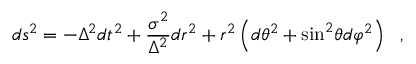
d s ^ { 2 } = - \Delta ^ { 2 } d t ^ { 2 } + \frac { \sigma ^ { 2 } } { \Delta ^ { 2 } } d r ^ { 2 } + r ^ { 2 } \left( { d \theta } ^ { 2 } + { \sin } ^ { 2 } \theta { d \varphi } ^ { 2 } \right) ~ ~ ,